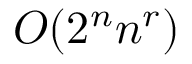
O ( 2 ^ { n } n ^ { r } )